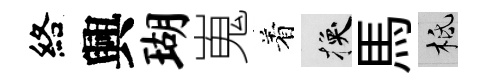
絡興瑚嵬着换馬柢